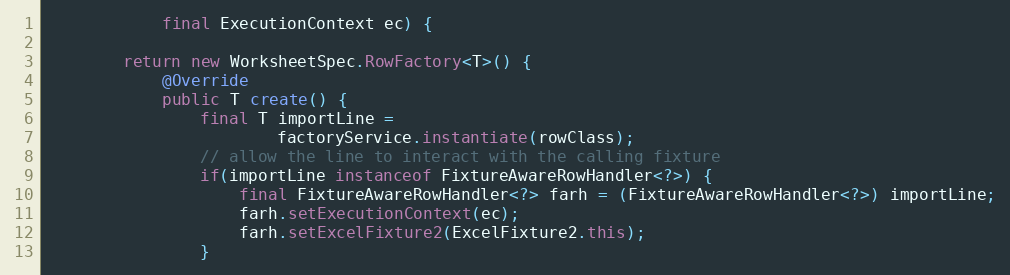
Language: Java
            final ExecutionContext ec) {

        return new WorksheetSpec.RowFactory<T>() {
            @Override
            public T create() {
                final T importLine =
                        factoryService.instantiate(rowClass);
                // allow the line to interact with the calling fixture
                if(importLine instanceof FixtureAwareRowHandler<?>) {
                    final FixtureAwareRowHandler<?> farh = (FixtureAwareRowHandler<?>) importLine;
                    farh.setExecutionContext(ec);
                    farh.setExcelFixture2(ExcelFixture2.this);
                }